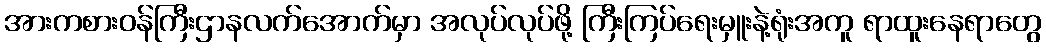
အားကစားဝန်ကြီးဌာနလက်အောက်မှာ အလုပ်လုပ်ဖို့ ကြီးကြပ်ရေးမှူးနဲ့ရုံးအကူ ရာထူးနေရာတွေ